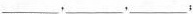
___，___，___，